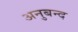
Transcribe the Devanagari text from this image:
अनुबन्द